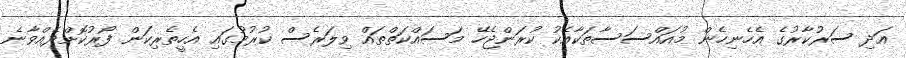
އަދި ސަރުކާރުގެ އެހެނިހެން މުއައްސަސާތަކާއެކު ކުރަންޖެހޭ މަސައްކަތްތައް ވިލަރެސް ކުރުމުގައި އެހީތެރިކަން ފޯރުކޮށްދެއްވާނެ